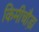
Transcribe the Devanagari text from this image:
किमीचौड़ा